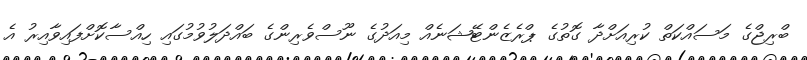
ބްރިޖްގެ މަސައްކަތް ކުރިއަށްދާ ގޮތުގެ ޕްރެޒެންޓޭޝަނެއް މިއަދުގެ ނޫސްވެރިންގެ ބައްދަލުވުމުގައި ހިއްސާކޮށްފައިވާއިރު އެ